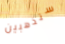
ستذهبين